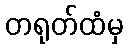
တရုတ်ထံမှ